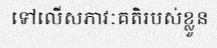
ទៅលើសភាវៈគតិរបស់ខ្លួន